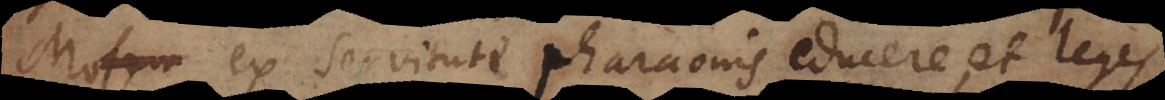
Mosen ex servitute Pharaonis educere, et leges